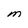
Character: M